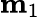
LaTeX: \mathbf{m}_{1}